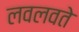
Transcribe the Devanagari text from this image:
लवलवते